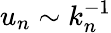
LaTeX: u_{n}\sim k_{n}^{-1}